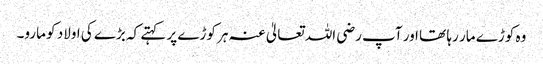
وہ کوڑے مار رہا تھا اور آپ رضی اللہ تعالیٰ عنہ ہر کوڑے پر کہتے کہ بڑے کی اولاد کو مارو۔